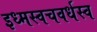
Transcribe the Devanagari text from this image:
इध्मस्वचवर्धस्व